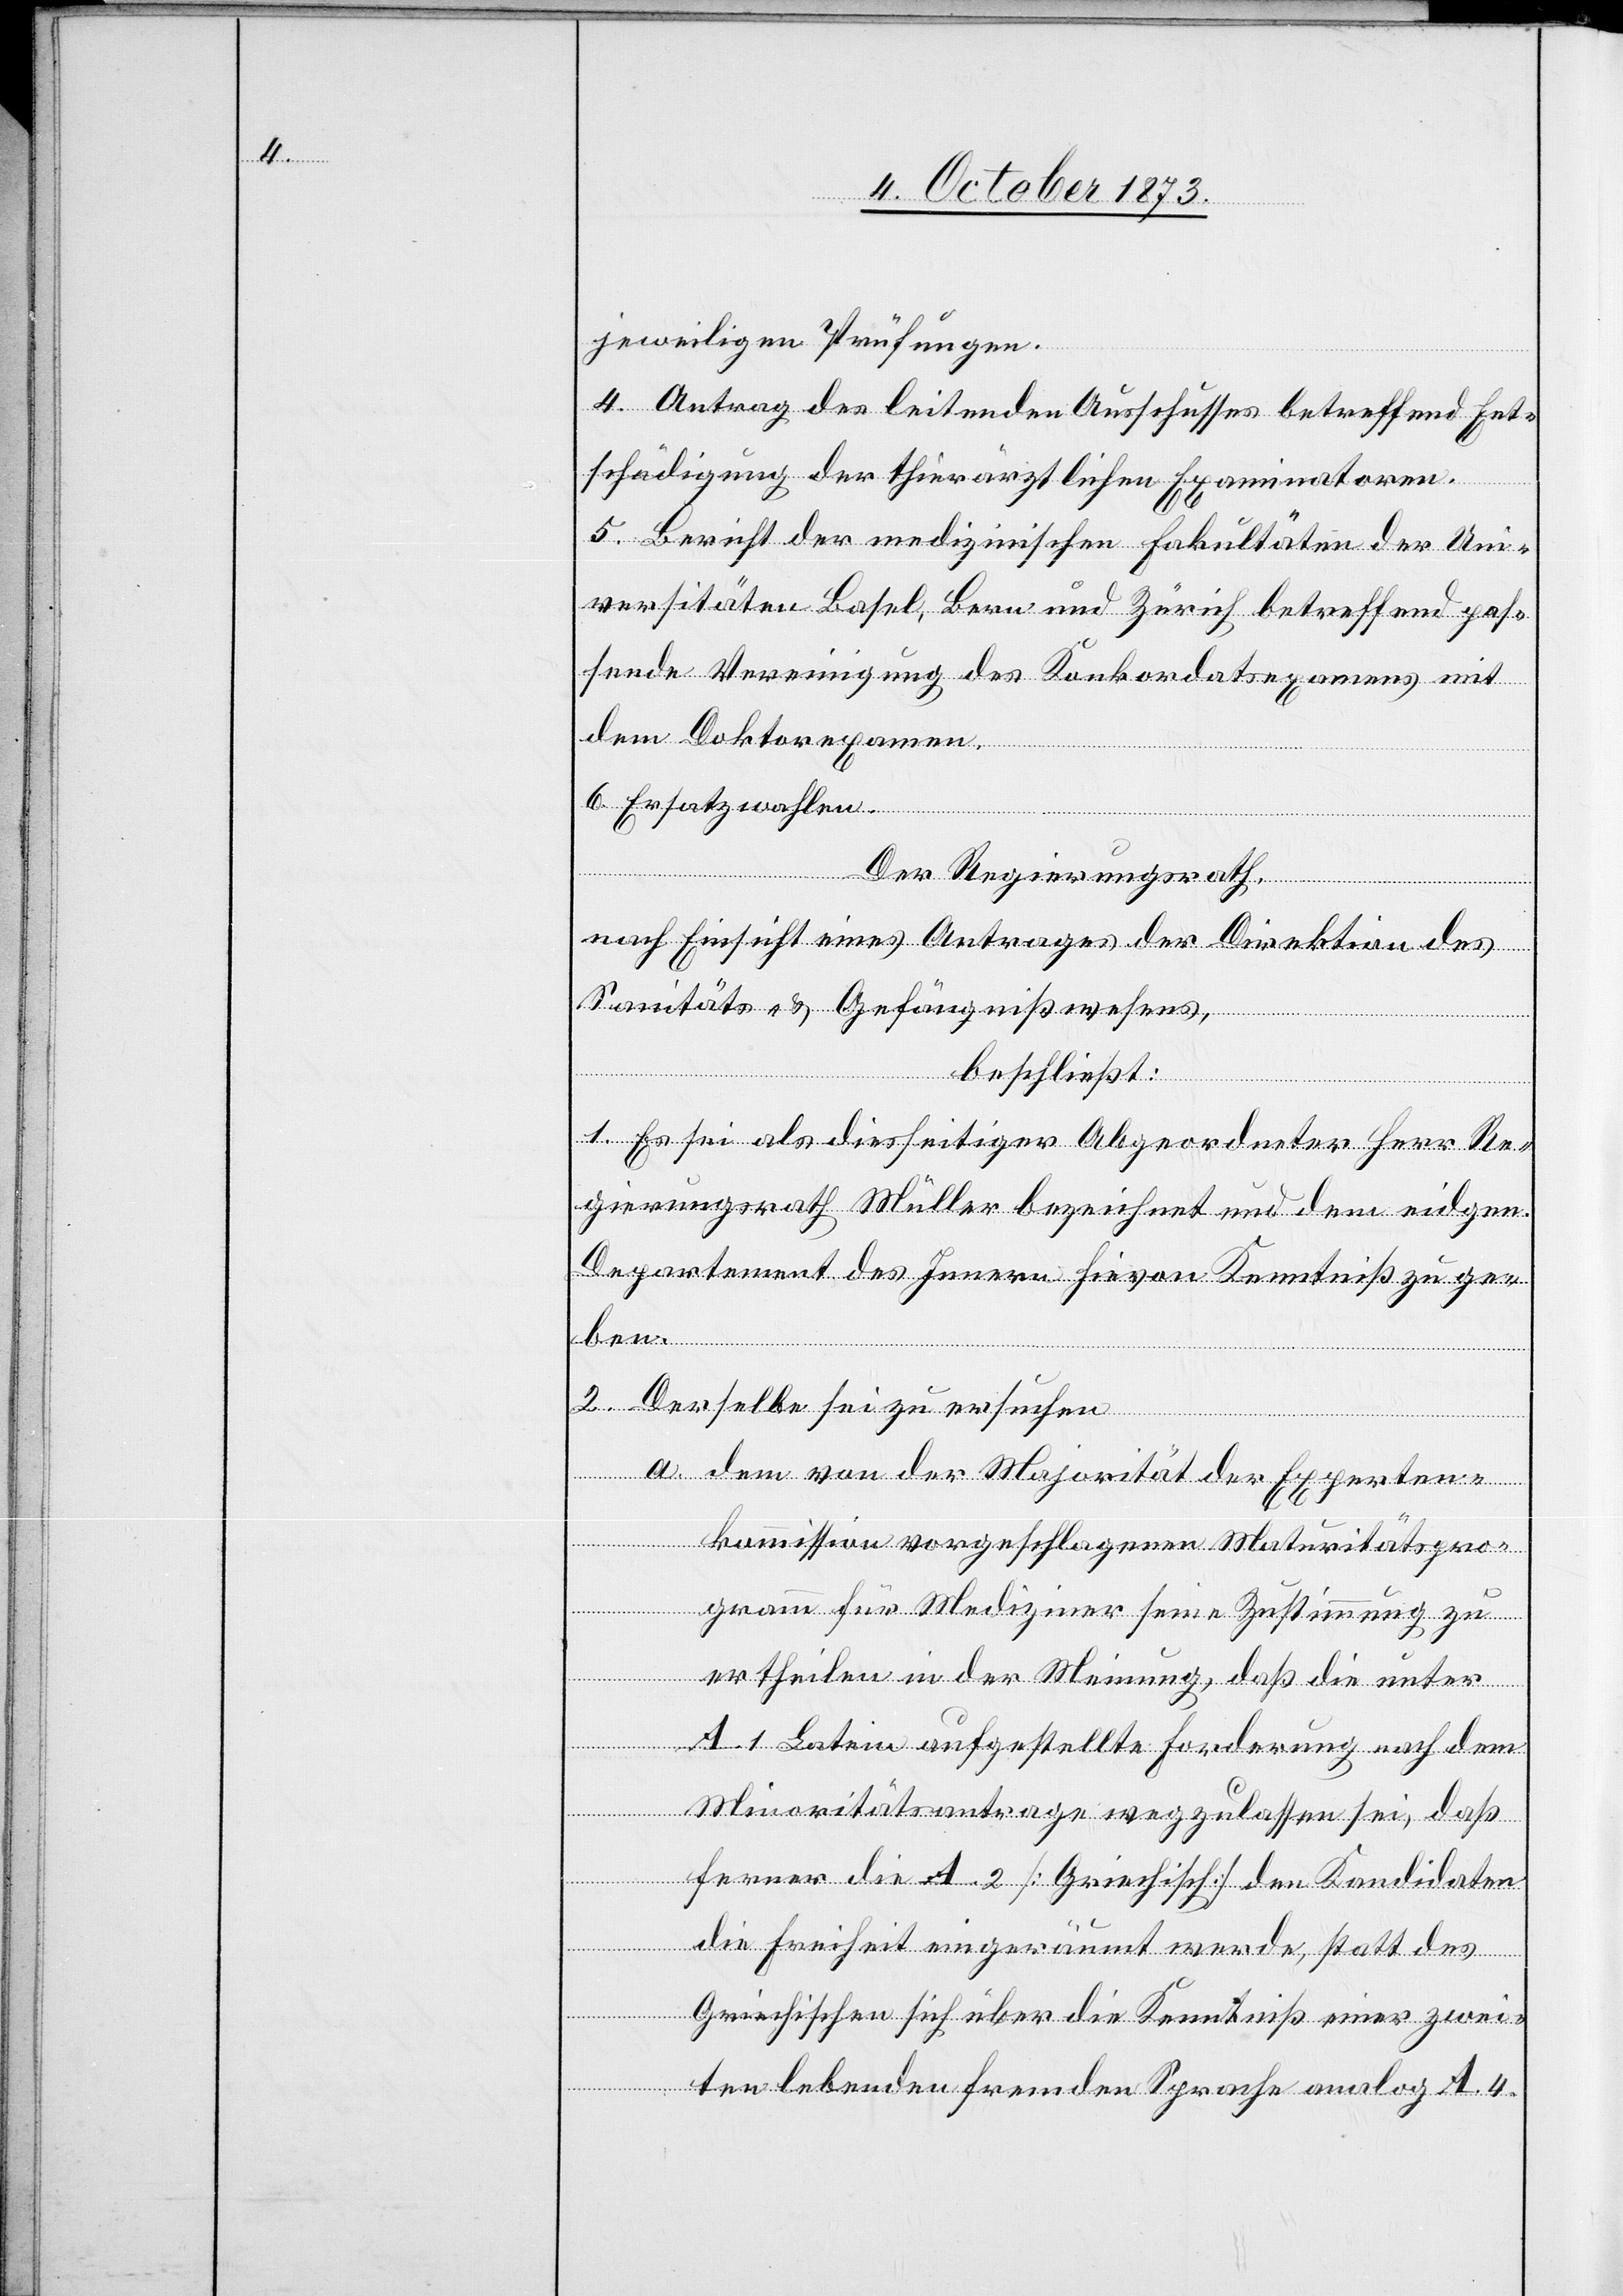
jeweiligen Prüfungen.
4. Antrag des leitenden Ausschusses betreffend Ent¬
schädigung der thierärztlichen Examinatoren.
5. Bericht der medizinischen Fakultäten der Uni¬
versitäten Basel, Bern und Zürich betreffend pas¬
sende Vereinigung des Konkordatsexamens mit
dem Doktorexamen.
6. Ersatzwahlen.
Der Regierungsrath,
nach Einsicht eines Antrages der Direktion des
Sanitäts- & Gefängnißwesens,
beschließt:
1. Es sei als diesseitiger Abgeordneter Herr Re¬
gierungsrath Müller bezeichnet und dem eidgen.
Departement des Innern hievon Kenntniß zu ge¬
ben.
2. Derselbe sei zu ersuchen
a. dem von der Majorität der Experten¬
kommission vorgeschlagenen Maturitätspro¬
gramm für Mediziner seine Zustimmung zu
ertheilen in der Meinung, daß die unter
A. 1 Latein aufgestellte Forderung nach dem
Minoritätsantrage wegzulassen sei, daß
ferner die A. 2 [Griechisch] den Kandidaten
die Freiheit eingeräumt werde, statt des
Griechischen sich über die Kenntniß einer zwei¬
ten lebenden fremden Sprache analog A. 4